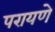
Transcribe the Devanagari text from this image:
परायणे